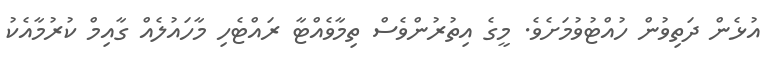
އުޅެން ދަތިވުން ހުއްޓުވުމަށެވެ. މީގެ އިތުރުންވެސް ތިމާވެއްޓާ ރައްޓެހި މާހައުލެއް ގާއިމް ކުރުމާއެކު